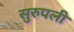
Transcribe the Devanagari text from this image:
सुरुपली